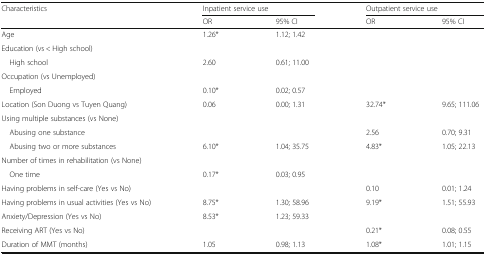
| <ROWSPAN=2> Characteristics | <COLSPAN=2> Inpatient service use | <COLSPAN=2> Outpatient service use |
 | OR | 95% CI | OR | 95% CI |
 | --- | --- | --- | --- | --- |
 | Age | 1.26* | 1.12; 1.42 |  |  |
 | <COLSPAN=5> Education (vs < High school) |
 | High school | 2.60 | 0.61; 11.00 |  |  |
 | <COLSPAN=5> Occupation (vs Unemployed) |
 | Employed | 0.10* | 0.02; 0.57 |  |  |
 | Location (Son Duong vs Tuyen Quang) | 0.06 | 0.00; 1.31 | 32.74* | 9.65; 111.06 |
 | <COLSPAN=5> Using multiple substances (vs None) |
 | Abusing one substance |  |  | 2.56 | 0.70; 9.31 |
 | Abusing two or more substances | 6.10* | 1.04; 35.75 | 4.83* | 1.05; 22.13 |
 | <COLSPAN=5> Number of times in rehabilitation (vs None) |
 | One time | 0.17* | 0.03; 0.95 |  |  |
 | Having problems in self-care (Yes vs No) |  |  | 0.10 | 0.01; 1.24 |
 | Having problems in usual activities (Yes vs No) | 8.75* | 1.30; 58.96 | 9.19* | 1.51; 55.93 |
 | Anxiety/Depression (Yes vs No) | 8.53* | 1.23; 59.33 |  |  |
 | Receiving ART (Yes vs No) |  |  | 0.21* | 0.08; 0.55 |
 | Duration of MMT (months) | 1.05 | 0.98; 1.13 | 1.08* | 1.01; 1.15 |